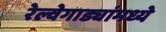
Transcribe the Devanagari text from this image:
रेल्वेगाड्यांमध्ये